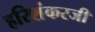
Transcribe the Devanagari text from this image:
हरिशंकरजी